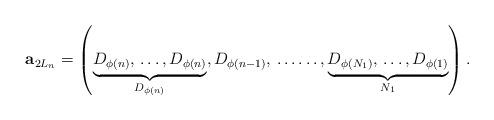
LaTeX: \begin{align*}{\bf a}_{2L_n} = \left(\underbrace{D_{\phi(n)}, \, \dots, D_{\phi(n)}}_{D_{\phi(n)}}, D_{\phi(n-1)}, \, \dots \dots, \underbrace{D_{\phi(N_1)}, \, \dots, D_{\phi(1)}}_{N_1}\right).\end{align*}